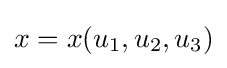
x=x(u_{1},u_{2},u_{3})